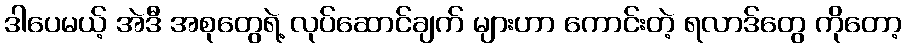
ဒါပေမယ့် အဲဒီ အစုတွေရဲ့ လုပ်ဆောင်ချက် များဟာ ကောင်းတဲ့ ရလာဒ်တွေ ကိုတော့